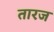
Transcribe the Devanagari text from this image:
तारज